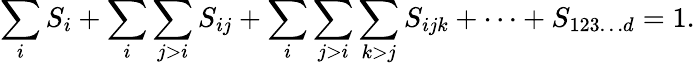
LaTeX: \sum_{i}S_{i}+\sum_{i}\sum_{j>i}S_{ij}+\sum_{i}\sum_{j>i}\sum_{k>j}S_{ijk}+\dots+S_{123\dots d}=1.